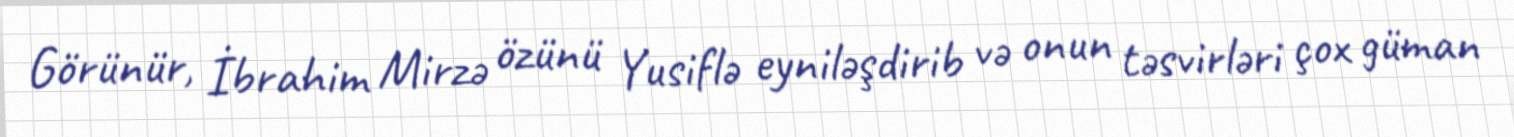
Görünür, İbrahim Mirzə özünü Yusiflə eyniləşdirib və onun təsvirləri çox güman